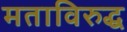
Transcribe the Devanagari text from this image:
मताविरुद्ध